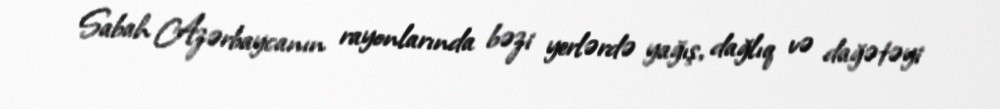
Sabah Azərbaycanın rayonlarında bəzi yerlərdə yağış, dağlıq və dağətəyi